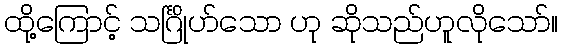
ထို့ကြောင့် သင်္ဂြိုဟ်သော ဟု ဆိုသည်ဟူလိုသော်။